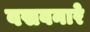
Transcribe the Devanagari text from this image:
वसवनारे